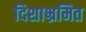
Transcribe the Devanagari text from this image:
दिशाभ्रमित